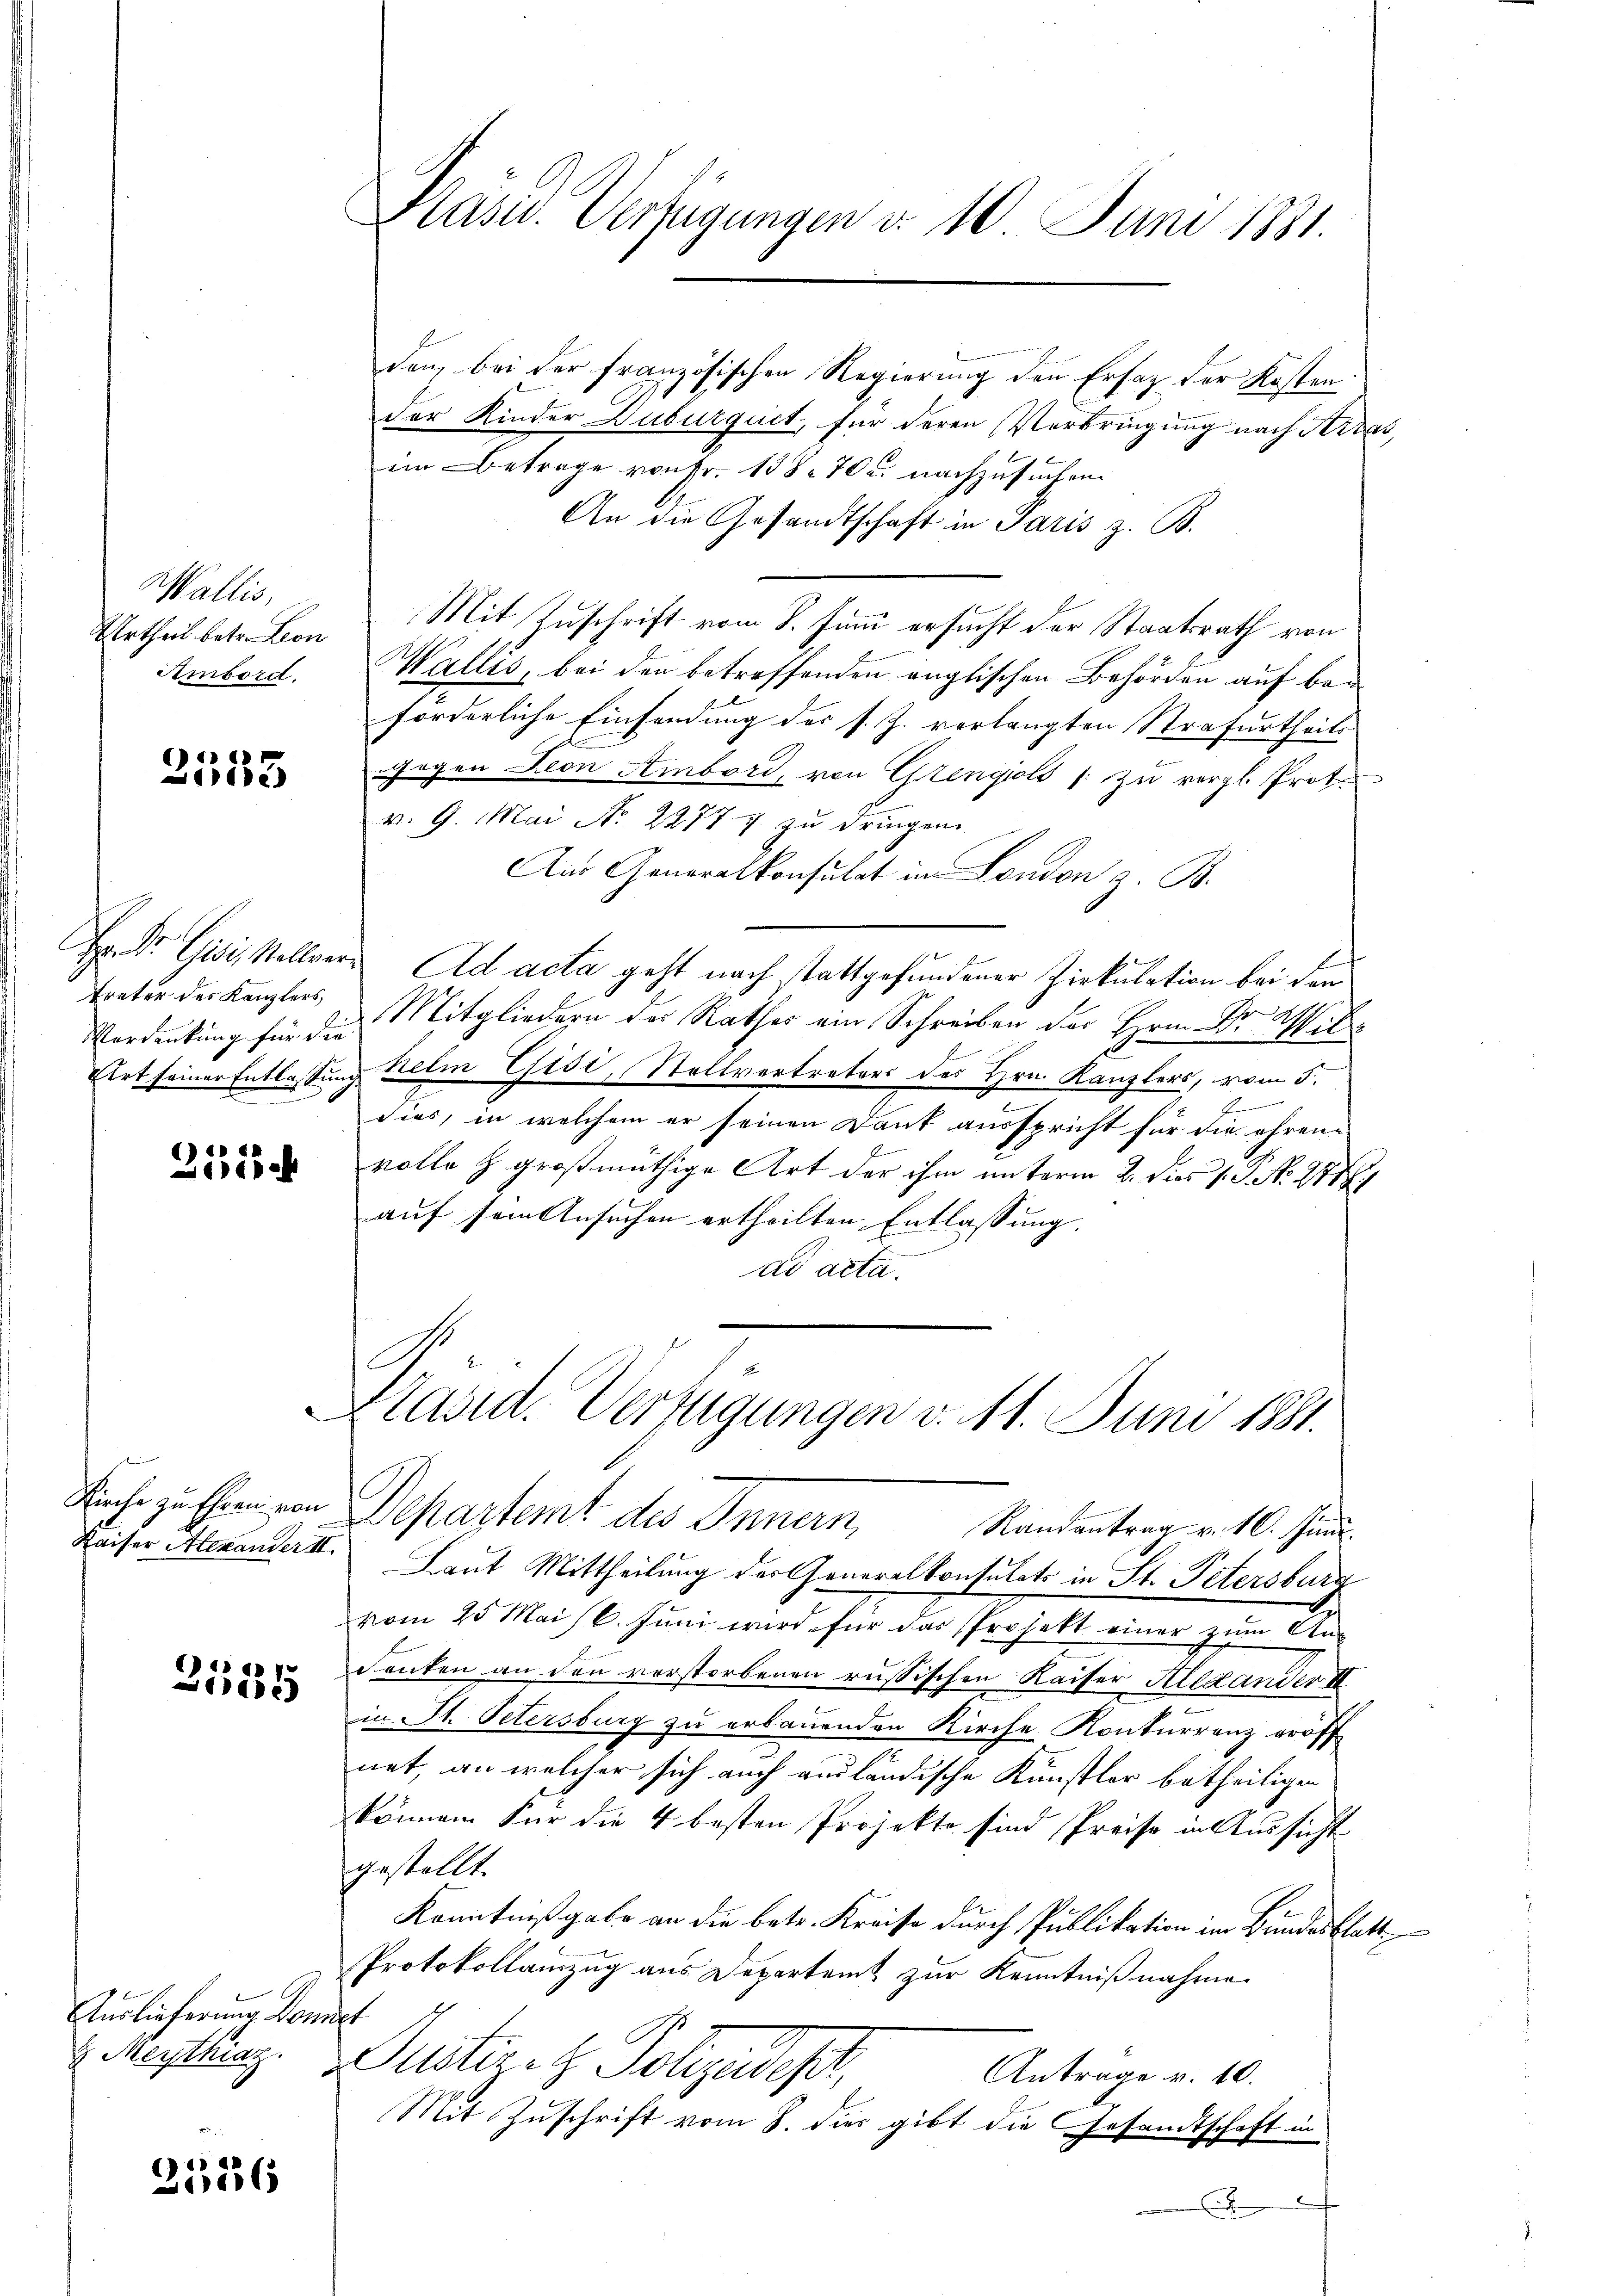
Wallis,
Urtheil betr. Leon
Ambord.

2553

Verdankung für die

Zisch

e
2500

Auslieferung Domit

2526

Präsid. Verfügungen d. 10 Juni 1881.

den, bei der französischen Regierung den Ersatz der Kosten
der Kinder Duburquet, für deren Verbringung nach Arras,
im Betrage von Fr. 138. 70 u. nachzusuchen.
An die Gesandtschaft in Paris z. B.
Mit Zuschrift vom 8. Juni ersucht der Staatsrath von
Wallis, bei den betreffenden englischen Behörden auf beförderliche Einsendung der s. J. verlangten Strafurtheils
gegen Fron Ambord, von Grengioli (zu vergl. Prot.
v. 9. Mai No 22777 zu dringen.
Aus Generalkonsulat im London z. B.
Hr Dr. Gisi, Stellver Ad acta geht nach stattgefundener Zirkulation bei dem
Vater der Kanzlers Mitgliedern des Rathes ein Schreiben der Hrn. Dr Wil¬
Eirt seiner Entlassung helm Gisi, Stellvertreters des Hrn. Kanzlers, vom 5.
t
dies, in welchem er seinen Dank ausspricht für die ehrene
volle z großmüthige Art der ihm unterm 2. dies s. 3. No. 218
auf sein Ansuchen ertheilten Entlassung.
ad acta.
A.
e
Stasid. Verfügungen v. 11. Juni 1881.
Kuche zu Ehren von Departemt des Innern, Randentrag v. 10. Juni
Kaiser Alexandert Laut Mittheilung der Generalkonsulats in St. Petersburg
vom 25 Mai l. Juni wird für das Projekt einer zum Ans
denken an den verstorbenen russischen Kaiser Ried ander I
in St. Petersburg zu erbauenden Kirche Konkurrenz eröff
net, an welcher sich auch ausländische Künstler betheiligen
können Für die 4 besten Projekte sind Preise in Aussicht
gestellt.
Kenntniß gabe an die betr. Kreise durch Publikation im Bundesblatt
Protokollauszug aus Departemt zur Kenntnißnahme
Mestling. Justiret. Polizendest,
Antrage v. 10.
Mit Zuschrift vom 8. dies gibt die Gesandtschaft in